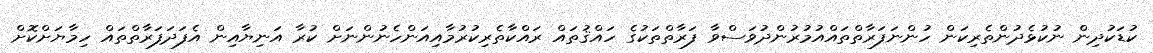
ކުޑަކުދިން ނުކުޅެދުންތެރިކަން ހުންނަފަރާތްތައްއުމުރުންދުވަސްވާ ފަރާތްތަކުގެ ހައްޤުތައް ރައްކާތެރިކުރުމާއިއަންހެނުންނަށް ކުރާ އަނިޔާއިން އެފަދަފަރާތްތައް ހިމާޔަށްކޮށް